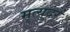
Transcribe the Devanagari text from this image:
मृत्युदरें